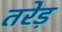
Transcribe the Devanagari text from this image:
तरेड़